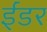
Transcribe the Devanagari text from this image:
ईंडर